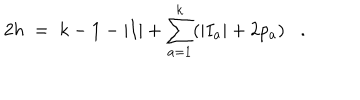
LaTeX: 2 h \; = \; k - 1 - | I | + \sum _ { a = 1 } ^ { k } ( | I _ { a } | + 2 p _ { a } ) .